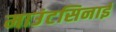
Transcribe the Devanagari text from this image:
माउंटसिनाई